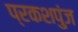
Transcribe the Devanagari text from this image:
प्रकशपुंज